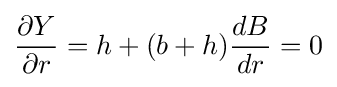
{\frac {\partial Y}{\partial r}}=h+(b+h){\frac {dB}{dr}}=0